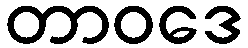
တာဝဒေ